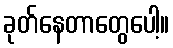
ခုတ်နေတာတွေပေါ့။